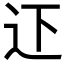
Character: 𨑜